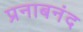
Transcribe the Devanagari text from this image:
प्रनाबनंद